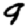
Digit: 9